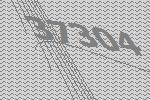
37304